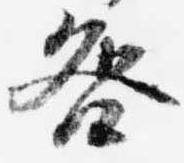
咎